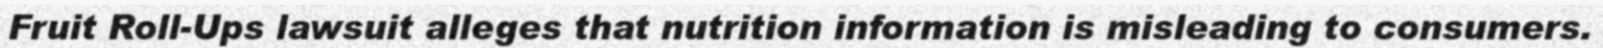
Fruit Roll-Ups lawsuit alleges that nutrition information is misleading to consumers.